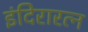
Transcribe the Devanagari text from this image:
इंदिरारत्‍न